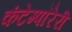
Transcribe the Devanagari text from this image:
कंटेम्पॉरेरी